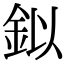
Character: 鉯